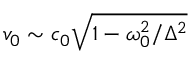
v _ { 0 } \sim c _ { 0 } \sqrt { 1 - \omega _ { 0 } ^ { 2 } / \Delta ^ { 2 } }